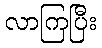
လာကြပြီး